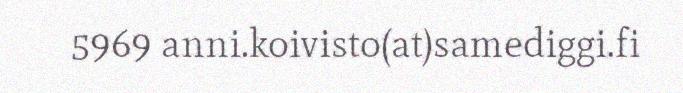
5969 anni.koivisto(at)samediggi.fi